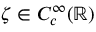
\zeta \in C _ { c } ^ { \infty } ( \ensuremath { \mathbb { R } } )